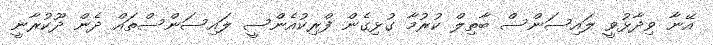
އޭނާ ވިދާޅުވީ ލައިސަންސް ބާތިލް ކުރުމާ ގުޅިގެން ފްރިކުއެންސީ ލައިސަންސްތައް ދެން ދޫކުރާނީ